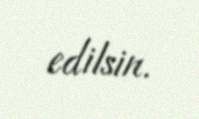
edilsin.